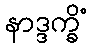
နာဒ္ဒက္ခိံ